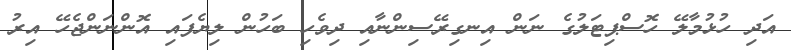
އަދި ހުޅުމާލޭ ހޮސްޕިޓަލުގެ ނަން އިނގިރޭސިންނާއި ދިވެހި ބަހުން ލިޔެފައި އޮންނަންޖެހޭ އިރު